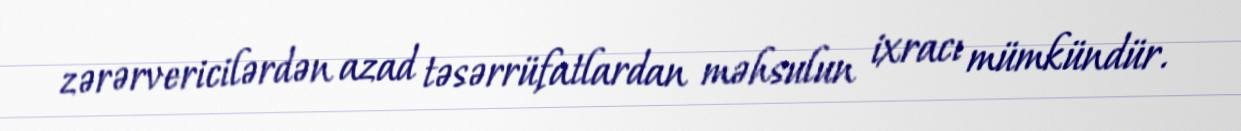
zərərvericilərdən azad təsərrüfatlardan məhsulun ixracı mümkündür.